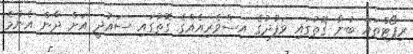
ރިޕޯޓްތައް ބުނާ ގޮތުގައި ވަފުދުގެ އިސްވެރިއެއްގެ ގޮތުގައި ސައުދީ އަށް ދާން އެންމެ